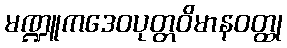
မဏ္ဍူကဒေဝပုတ္တဝိမာနဝတ္ထု